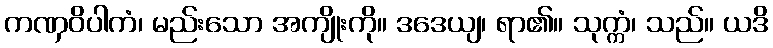
ကဏှဝိပါကံ၊ မည်းသော အကျိုးကို။ ဒဒေယျ၊ ရာ၏။ သုက္ကံ၊ သည်။ ယဒိ